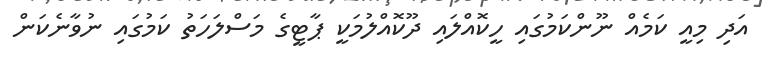
އަދި މިއީ ކަމެއް ނޫންކަމުގައި ހީކޮއްލައި ދޫކޮއްލުމަކީ ޕާޓީގެ މަސްލަހަތު ކަމުގައި ނުވާނެކަން